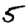
Digit: 5